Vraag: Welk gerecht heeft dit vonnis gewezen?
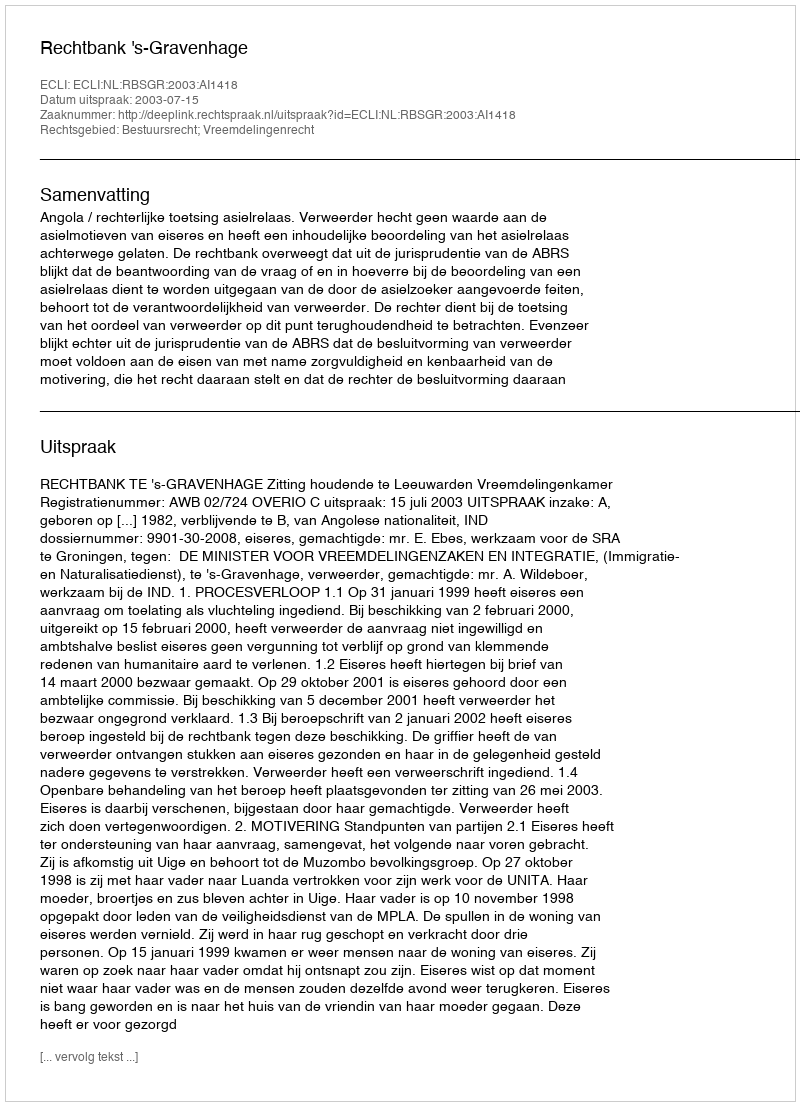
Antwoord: Rechtbank 's-Gravenhage